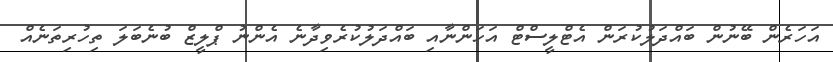
އަހަރެން ބޭނުން ބައްދަލުކުރަން އެޓްލީސްޓް އަހަންނާއި ބައްދަލުކުރެވިދާނެ އެންނު ޕްލީޒް ބުނެބަލަ ތިހުރިތަނެއް